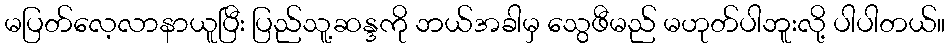
မပြတ်လေ့လာနာယူပြီး ပြည်သူ့ဆန္ဒကို ဘယ်အခါမှ သွေဖီမည် မဟုတ်ပါဘူးလို့ ပါပါတယ်။